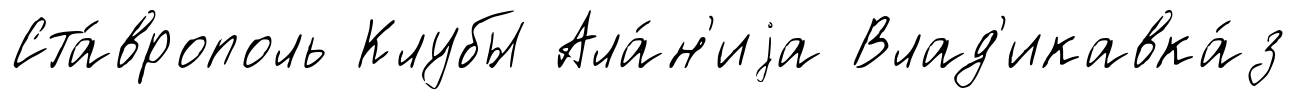
Ста́врополь Клубы Ала́н'иjа Влад'икавка́з